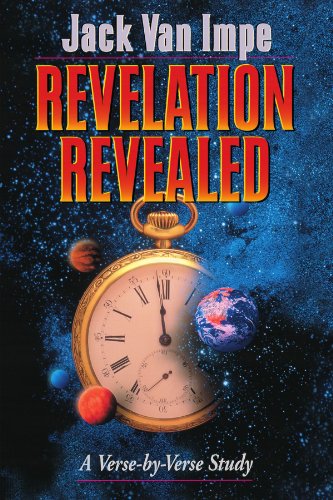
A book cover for Revelation Revealed; Jack Van Impe; Christian Books & Bibles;